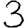
Digit: 3